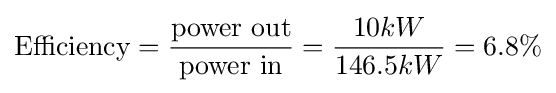
{\text{Efficiency}}={{\text{power out}} \over {\text{power in}}}={10kW \over 146.5kW}=6.8\%